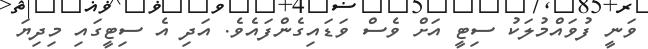
ވަނީ ފުވައްމުލަކު ސިޓީ އަށް ވެސް ވަޑައިގެންފައެވެ. އަދި އެ ސިޓީގައި މިދިޔަ